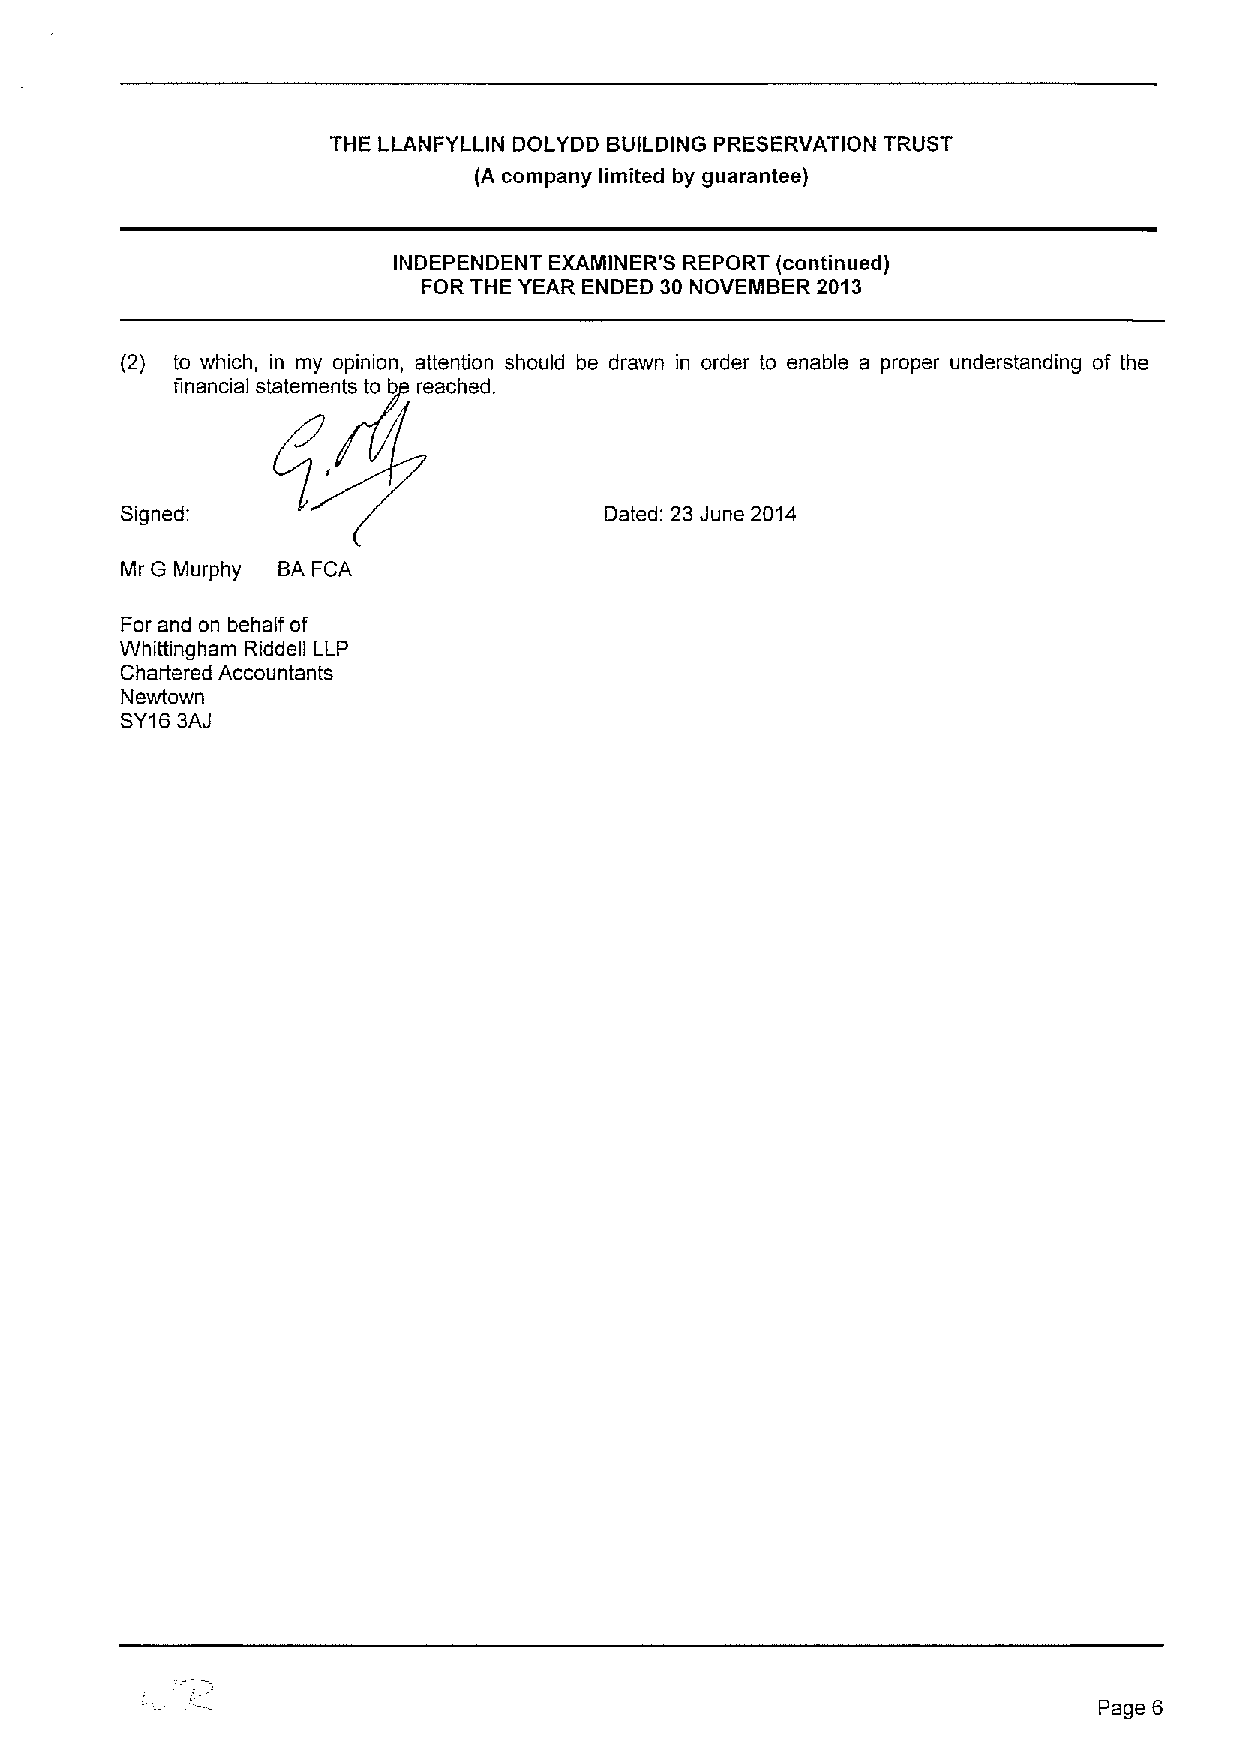
THE LLANFYLLIN DOLYDD BUILDING PRESERVATION TRUST
 (A company limited by guarantee)
 INDEPENDENT EXAMINER'S REPORT (continued)
 FOR THE YEAR ENDED 30 NOVEMBER 2013
 (2) to which, in my opinion, attention should be drawn in order to enable a proper understanding of the
 financial statements to b reached.
 Signed:                         Dated: 23 June 2014
 Mr G Murphy BA FCA
 For and on behalf of
 Whittingham Riddell LLP
 Chartered Accountants
 Newtown
 SY163AJ
 Page 6